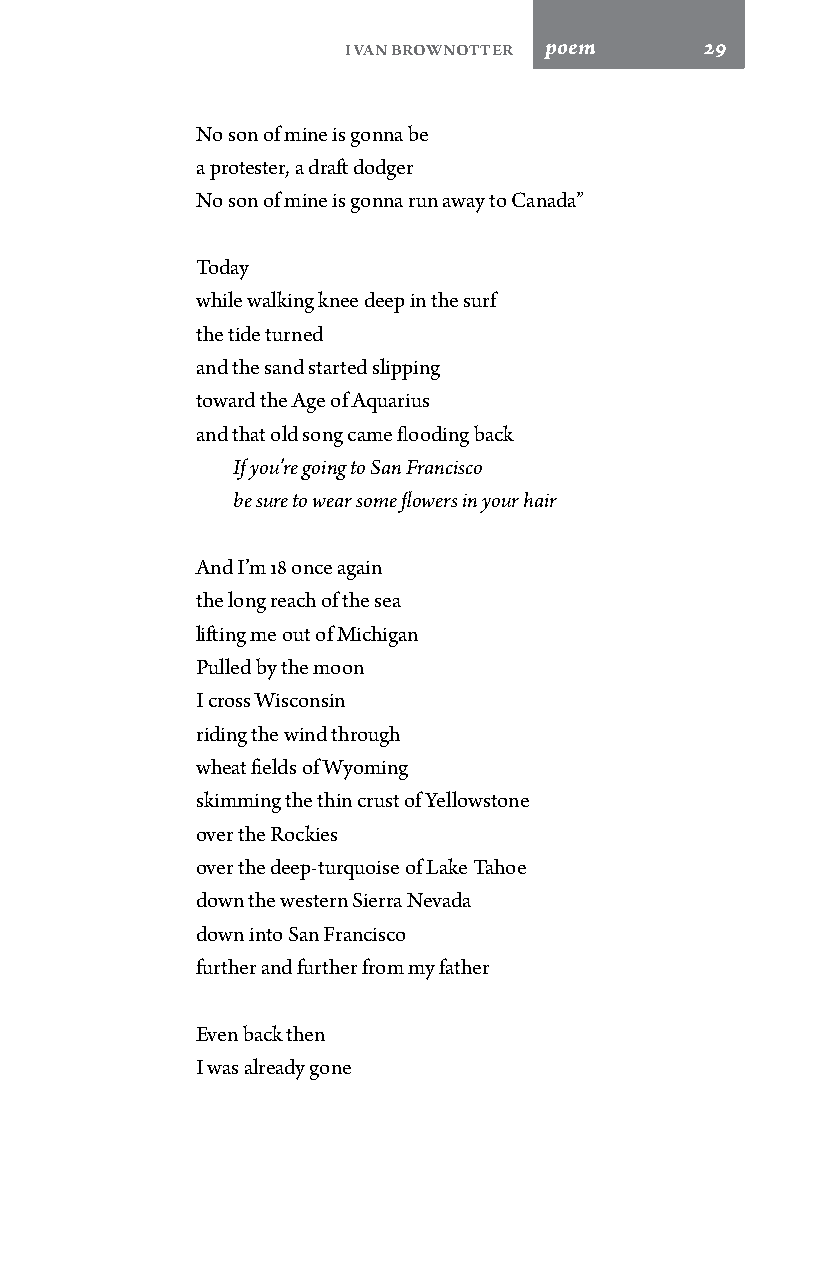
Ivan BrownOtter poem    29
 No son of mine is gonna be
 a protester, a draft dodger
 No son of mine is gonna run away to Canada”
 Today
 while walking knee deep in the surf
 the tide turned
 and the sand started slipping
 toward the Age of Aquarius
 and that old song came flooding back
 If you’re going to San Francisco
 be sure to wear some flowers in your hair
 And I’m 18 once again
 the long reach of the sea
 lifting me out of Michigan
 Pulled by the moon
 I cross Wisconsin
 riding the wind through
 wheat fields of Wyoming
 skimming the thin crust of Yellowstone
 over the Rockies
 over the deep-turquoise of Lake Tahoe
 down the western Sierra Nevada
 down into San Francisco
 further and further from my father
 Even back then
 I was already gone